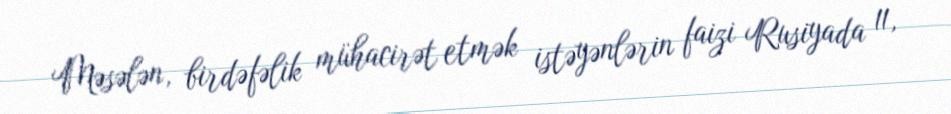
Məsələn, birdəfəlik mühacirət etmək istəyənlərin faizi Rusiyada 11,